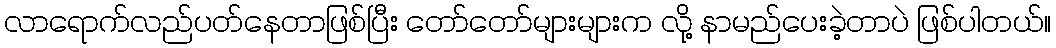
လာရောက်လည်ပတ်နေတာဖြစ်ပြီး တော်တော်များများက လို့ နာမည်ပေးခဲ့တာပဲ ဖြစ်ပါတယ်။